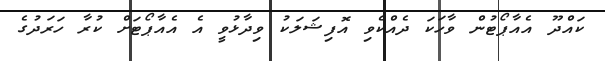
ކައްދޫ އެއާޕޯޓުން ވާހަކަ ދެއްކެވި އޮފިޝަލަކު ވިދާޅުވީ އެ އެއާޕޯޓަށް ކުރާ ހަރަދުގެ